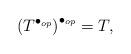
LaTeX: \begin{align*} &\left( T{^{\bullet_{op}}}\right) ^{\bullet_{op}} = T , \end{align*}